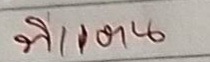
พี่แตน